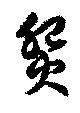
照